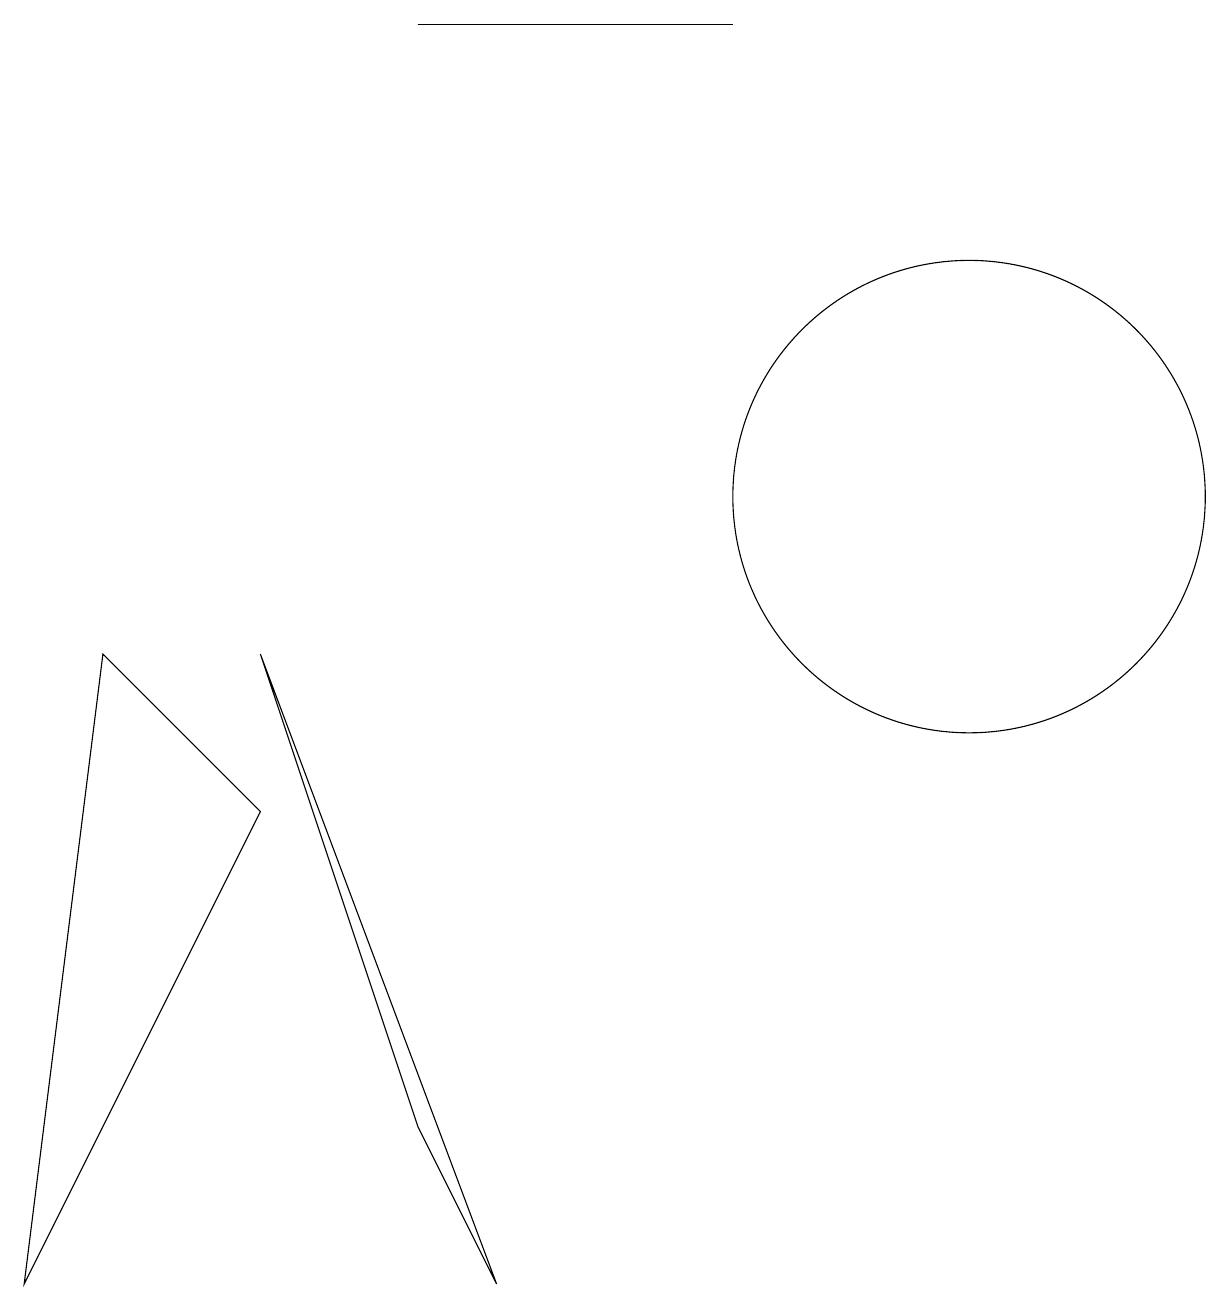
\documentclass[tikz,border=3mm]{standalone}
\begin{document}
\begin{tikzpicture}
\draw (6,1) -- (5,3) -- (3,9) -- cycle;
\draw (5,17) rectangle (9,17);
\draw (3,7) -- (1,9) -- (0,1) -- cycle;
\draw (12,11) circle (3);
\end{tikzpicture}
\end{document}